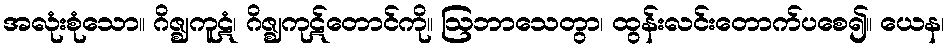
အလုံးစုံသော။ ဂိဇ္ဈကူဋံ၊ ဂိဇ္ဈကုဋ်တောင်ကို။ ဩဘာသေတွာ၊ ထွန်းလင်းတောက်ပစေ၍။ ယေန၊